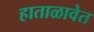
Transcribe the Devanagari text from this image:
हाताळावेत